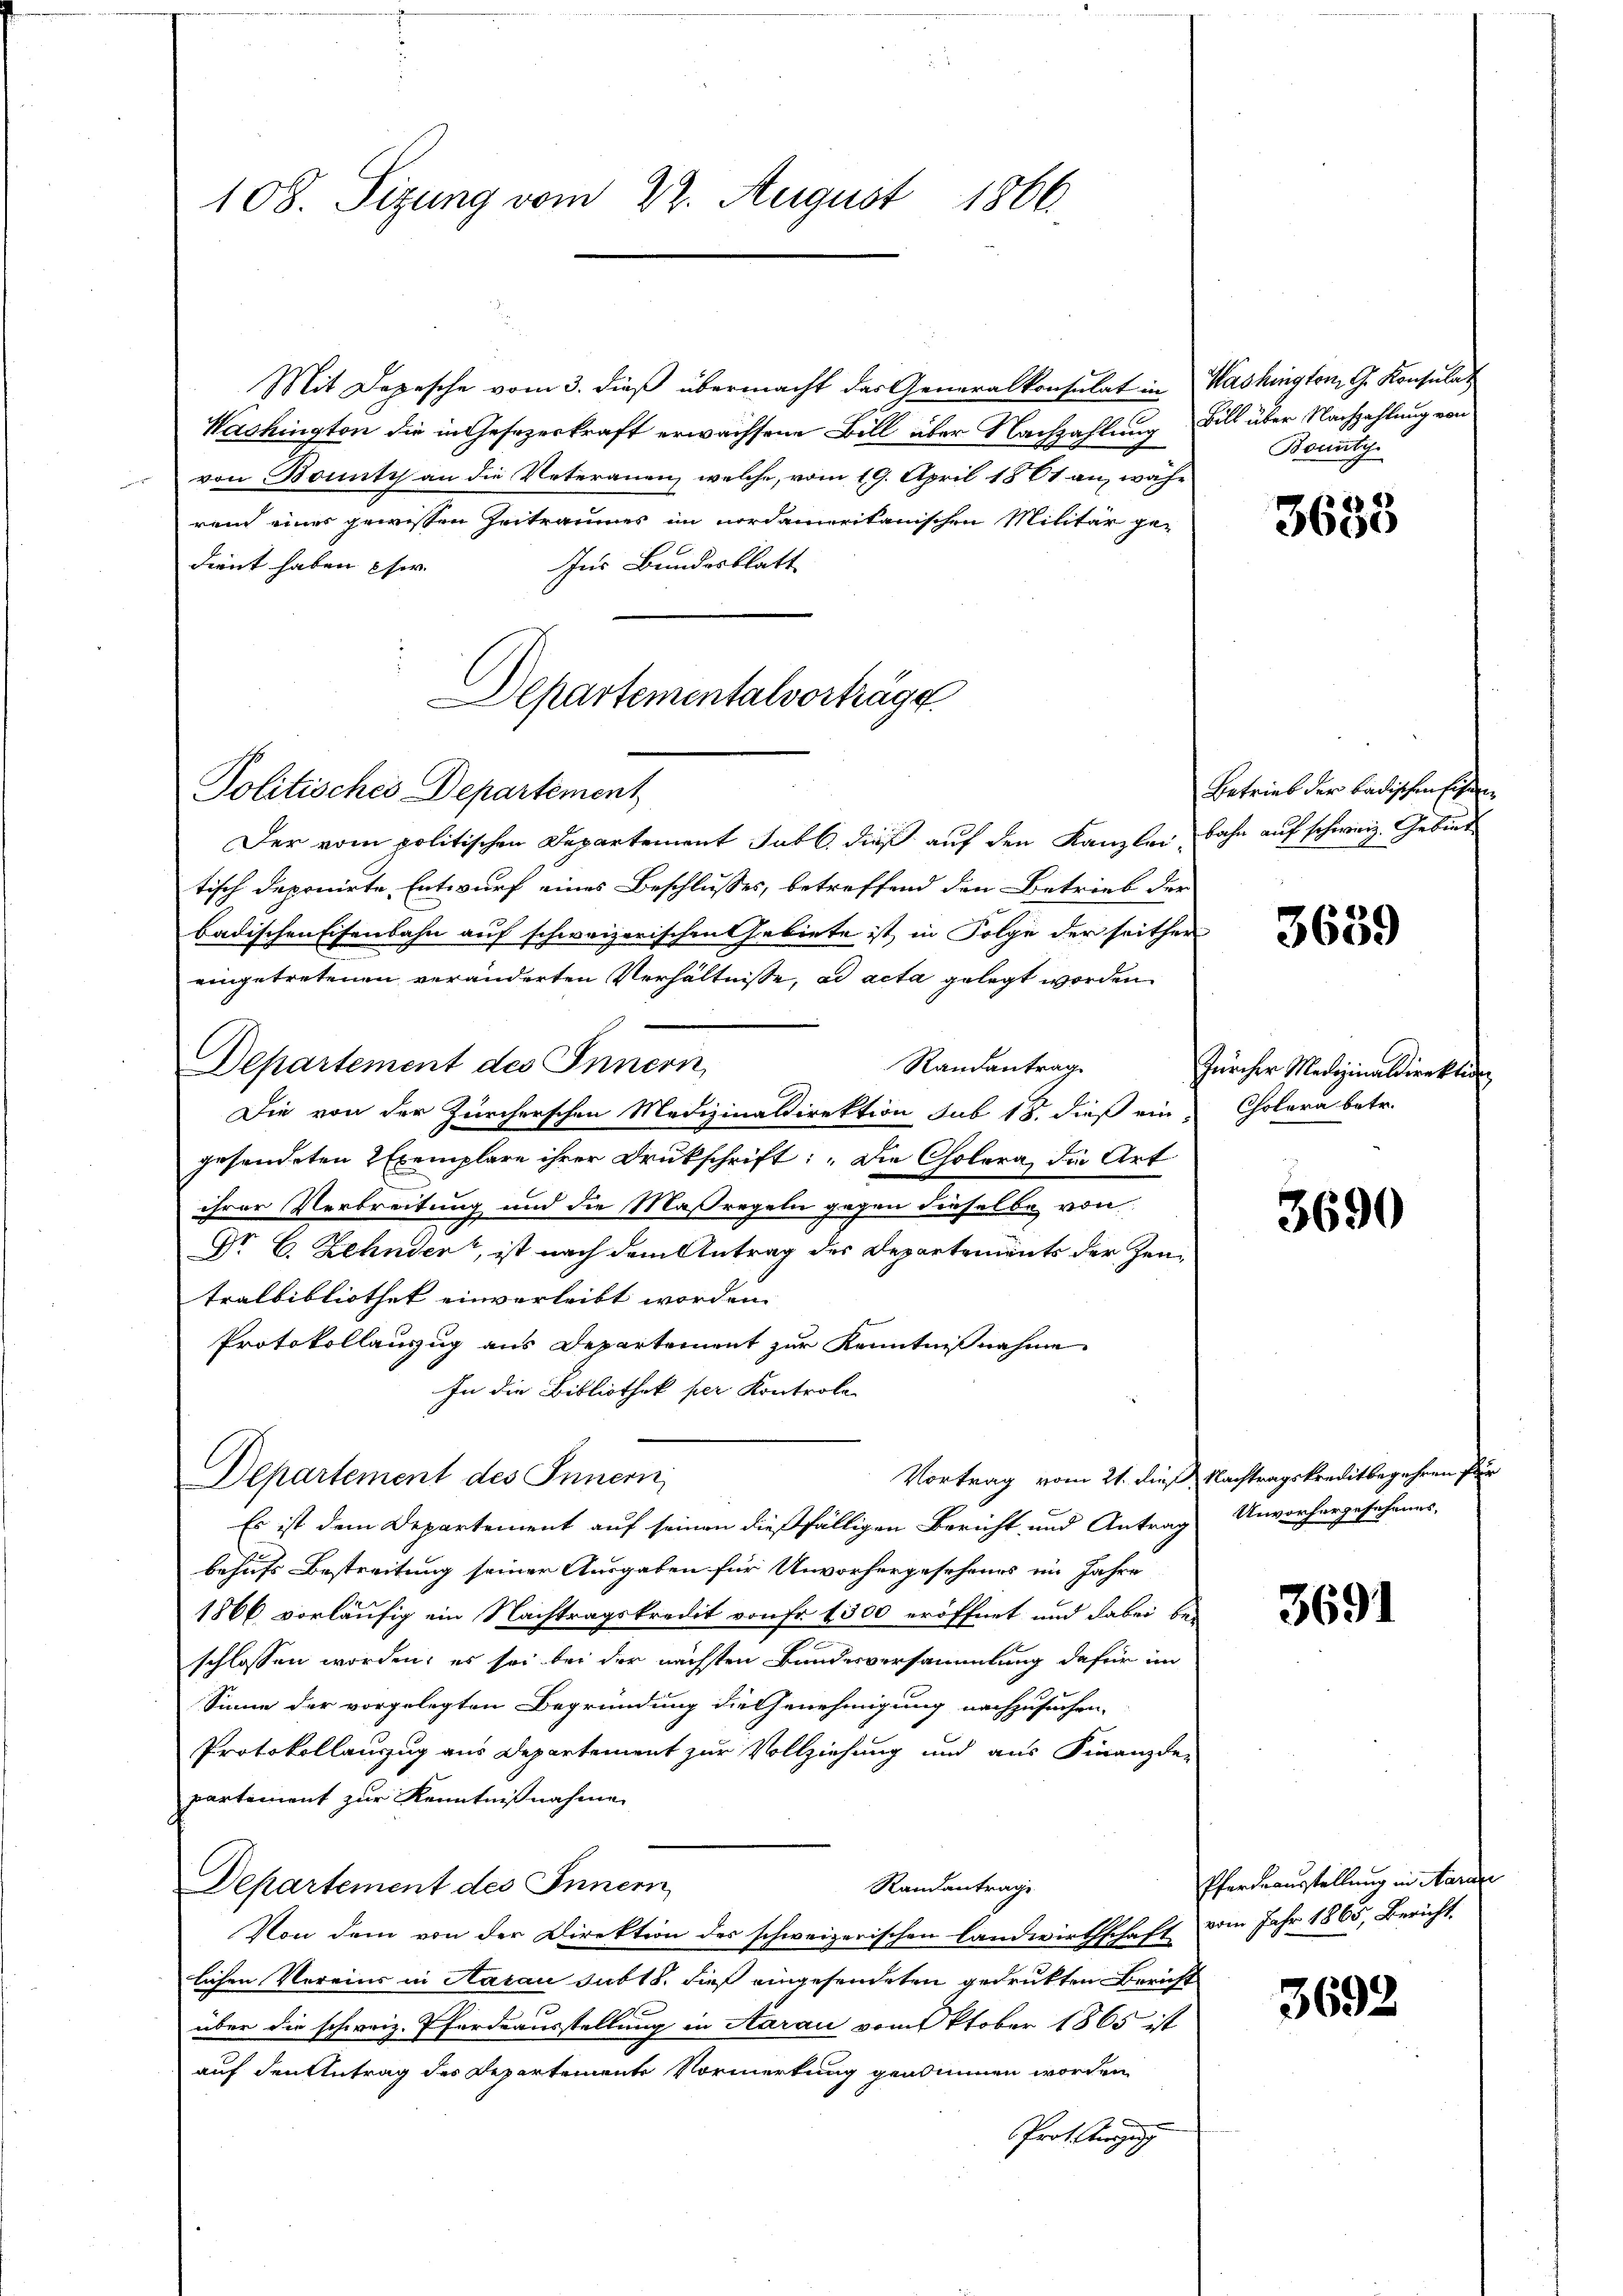
108. Sitzung vom 22. August 1866

Mit Depesche vom 3. dieß übermacht das Generalkonsulat in Washington G. Konsulat
Washington die in Gesezerkraft erwachsene Bill über Nachzahlung Bill über Nachzahlung von
von Bonnsch an die Voteranen, welche, vom 19. April 1881 an, währ
rei einer gewissen Zeitraumes im nordameritanischen Militär gedient haben eher |
Ins Bundesblatt
Departementalvorträge

Politisches Departement
Der vom politischen Departement Tabl., dieß auf den Kanzlei Bahn auf schweiz. Gebiet
tisch deponirte Entwurf eines Beschlusses, betreffend den Betrieb der
badischen Eisenbahn auf schweizerischen Gebiete ist in Folge der seither
eingetretenen veränderten Verhältnisse, ad acta gelegt worden
Departement des Innern,
Randantrag
Die von der Zürcherschen Medizinaldirektion sub 18. dieß ein
gesendeten 2 Exemplare ihrer Drukschrift: „Die Cholera, die Art
ihrer Verbreitung und die Maßregeln gegen dieselbe von
Dr. C. Zehnder, ist nach dem Antrag des Departements der Zentralbibliothek einverleibt worden.
Protokollauszug aus Departement zur Kenntnißnahme
In die Bibliothek per Kontrole
Vortrag vom 21. dieß Nachtragskreditbegehren für
Departement des Innern
Es ist dem Departement auf seinen dießfälligen Bericht und Antrag
behufs Bestreitung seiner Ausgaben für Unvorhergesehenes im Jahre
1866 vorläufig ein Nachtragskredit von Fr. 1300 eröffnet und dabei beschlossen worden, es sei bei der nächsten Bundesversammlung dafür im
Sinne der vorgelegten Begründung die Genehmigung nachzusuchen.
Protokollauszug aus Departement zur Vollziehung und aus Finanzde-
partement zur Kenntnißnahme
Departement des Innern
Randantrage
Von dem von der Direktion des schweizerischen Landwirthschaft vom Jahr 1865, Bericht
lichen Vereins in Aarau subt 8. dieß eingesendeten gedruckten Bericht
über die schweiz. Pferdeausstellung in Aarau vom Oktober 1865 ist
auf den Antrag des Departemente Vormerkung genommen worden
n
a
Prot. beizung

Bounty

3635

Betrieb der badischen Eisen

3639

Zürcher Medizinaldirektion
Cholera betr.

3690

Unvorhergesehenes,

3691

Pferdeausstellung in Marie

3692